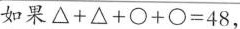
如果$$\triangle + \triangle + \bigcirc + \bigcirc = 4 8$$，